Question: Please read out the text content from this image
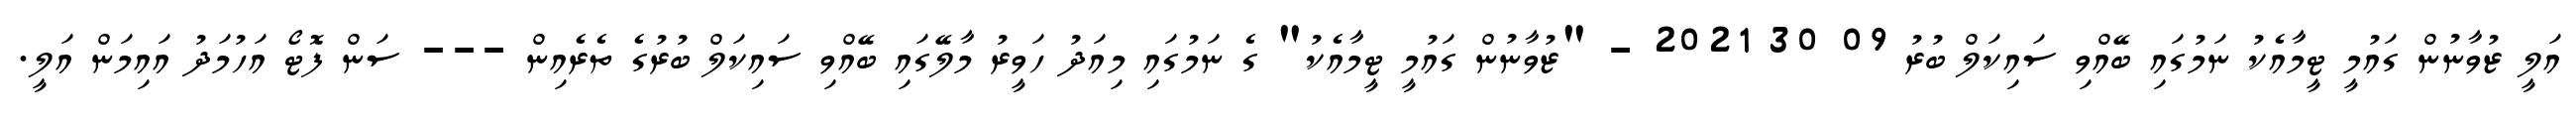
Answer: އަލީ ޒުވާނުން ގައުމީ ޓީމާއެކު ނަމުގައި ބޭއްވި ސައިކަލް ބުރު 09 30 2021 - "ޒުވާނުން ގައުމީ ޓީމާއެކު" ގެ ނަމުގައި މިއަދު ހަވީރު މާލޭގައި ބޭއްވި ސައިކަލް ބުރުގެ ތެރެއިން --- ސަން ފޮޓޯ އަހުމަދު އައިމަން އަލީ.